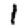
Digit: 1